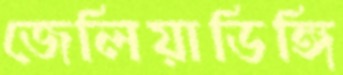
জেলিয়াডিঙ্গি